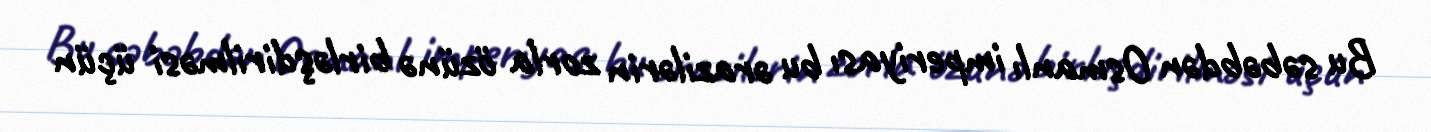
Bu səbəbdən Osmanlı imperiyası bu ərazilərin zorla özünə birləşdirilməsi üçün